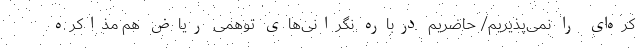
کره‌ای را نمی‌پذیریم/ حاضریم درباره نگرانی‌های توهمی ریاض هم مذاکره